Scottish Certificate of Education, 1962
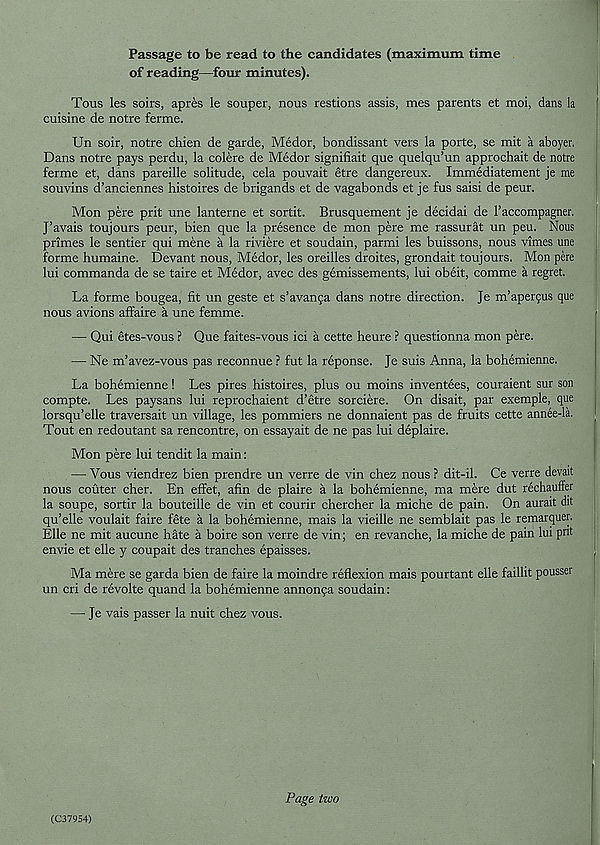
Passage to be read to the candidates (maximum time
of reading—four minutes).
Tons les soirs, apres le souper, nous restions assis, mes parents et moi, dans la
cuisine de notre ferme.
Un soir, notre chien de garde, Medor, bondissant vers la porte, se mit a aboyer.
Dans notre pays perdu, la colere de Medor signifiait que quelqu’un approchait de notre
ferme et, dans pareille solitude, cela pouvait etre dangereux. Immediatement je me
souvins d’anciennes histoires de brigands et de vagabonds et je fus saisi de peur.
Mon pere prit une lanterne et sortit. Brusquement je decidai de I’accompagner.
J’avais toujours peur, bien que la presence de mon pere me rassurat un peu. Nous
primes le sentier qui mene a la riviere et soudain, parmi les buissons, nous vimes une
forme humaine. Devant nous, Medor, les oreilles droites, grondait toujours. Mon pere
lui commanda de se taire et Medor, avec des gemissements, lui obeit, comme a regret.
La forme bougea, fit un geste et s’avanpa dans notre direction. Je m’apeiyus que
nous avions affaire a une femme.
— Qui etes-vous ? Que faites-vous ici a cette heure ? questionna mon pere.
— Ne m’avez-vous pas reconnue ? fut la reponse. Je suis Anna, la bohemienne.
La bohemienne! Les pires histoires, plus ou moins inventees, couraient sur son
compte. Les paysans lui reprochaient d’etre sorciere. On disait, par exemple, que
lorsqu’elle traversait un village, les pommiers ne donnaient pas de fruits cette annee-la.
Tout en redoutant sa rencontre, on essayait de ne pas lui deplaire.
Mon pere lui tendit la main:
— Vous viendrez bien prendre un verre de vin chez nous ? dit-il. Ce verre devait
nous couter cher. En effet, afin de plaire a la bohemienne, ma mere dut rechauffer
la soupe, sortir la bouteille de vin et courir chercher la miche de pain. On aurait dit
qu’elle voulait faire fete a la bohemienne, mais la vieille ne semblait pas le remarquer.
Elle ne mit aucune hate a boire son verre de vin; en revanche, la miche de pain lui put
envie et elle y coupait des tranches epaisses.
Ma mere se garda bien de faire la moindre reflexion mais pourtant elle faillit pousser
un cri de revoke quand la bohemienne annonca soudain:
— Je vais passer la nuit chez vous.
(C37954)
Page two